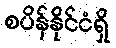
စပိန်နိုင်ငံရှိ